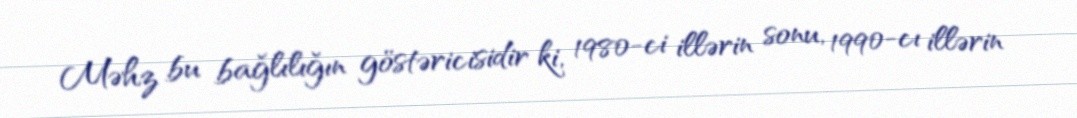
Məhz bu bağlılığın göstəricisidir ki, 1980-ci illərin sonu, 1990-cı illərin